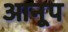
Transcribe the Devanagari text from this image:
आनूप